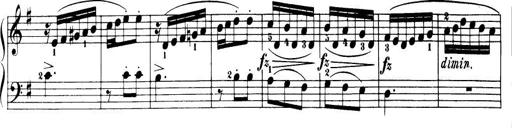
Title: 32 Sonatinas and Rondos for the Piano
Composer: Richard Kleinmichel